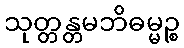
သုတ္တန္တမဘိဓမ္မဉ္စ